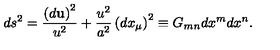
d s ^ { 2 } = \frac { \left( d { \bf u } \right) ^ { 2 } } { u ^ { 2 } } + \frac { u ^ { 2 } } { a ^ { 2 } } \left( d x _ { \mu } \right) ^ { 2 } \equiv G _ { m n } d x ^ { m } d x ^ { n } .